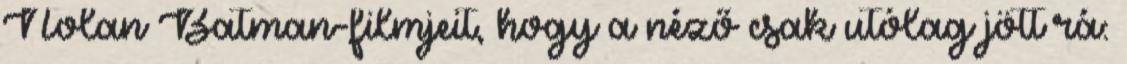
Nolan Batman-filmjeit, hogy a néző csak utólag jött rá: